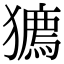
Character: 𤢒